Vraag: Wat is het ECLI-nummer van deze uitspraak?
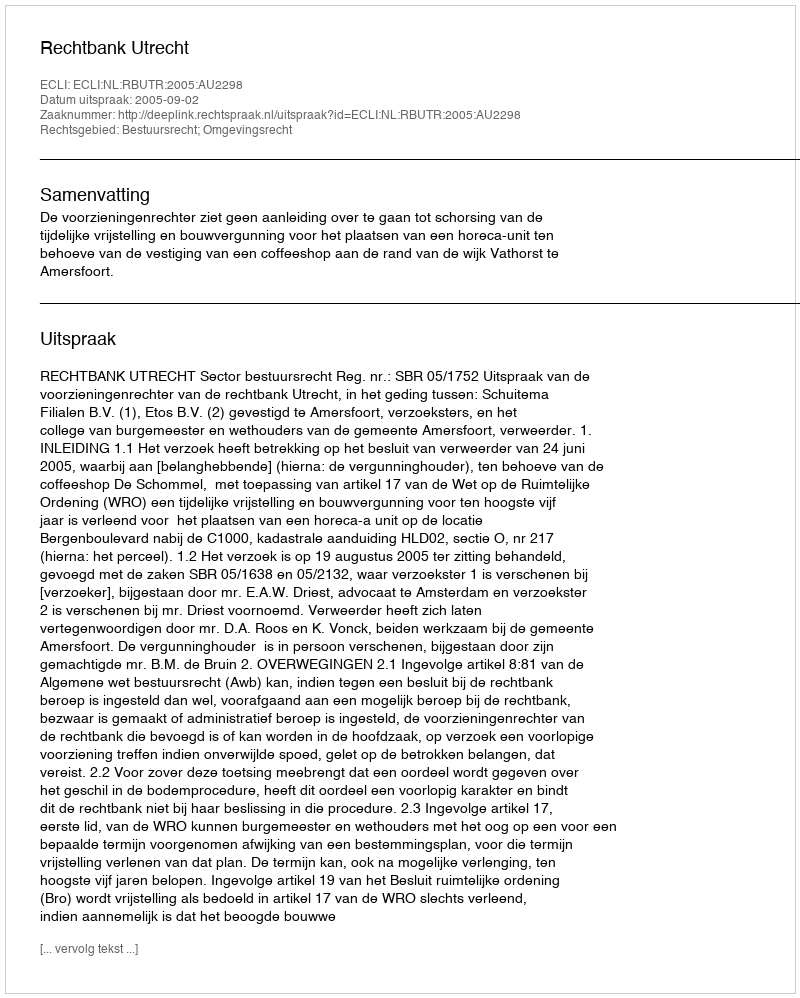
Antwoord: ECLI:NL:RBUTR:2005:AU2298